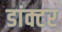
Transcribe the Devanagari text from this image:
डांक्टर